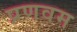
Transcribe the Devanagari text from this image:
प्रणवम